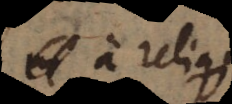
a reliquis